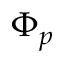
\Phi _ { p }